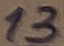
Text: 13